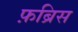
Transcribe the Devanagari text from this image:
फ़ब्रिस